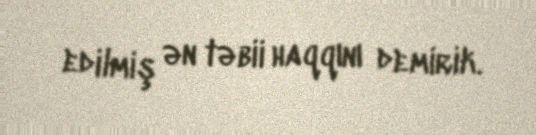
edilmiş ən təbii haqqını demirik.